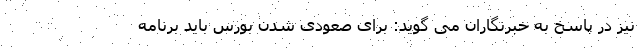
نیز در پاسخ به خبرنگاران می گوید: برای صعودی شدن بورس باید برنامه